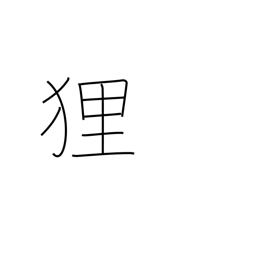
Meaning: raccoon